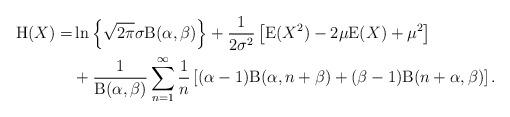
LaTeX: \begin{align*}\mathrm{H}(X)=&\ln\left\{\sqrt{2\pi} \sigma \mathrm{B}(\alpha,\beta)\right\}+\frac{1}{2\sigma^2}\left[\mathrm{E}(X^2)-2\mu \mathrm{E}(X) + \mu^2\right]\\&+\frac{1}{\mathrm{B}(\alpha,\beta)}\sum_{n=1}^{\infty}\frac{1}{n}\left[(\alpha-1)\mathrm{B}(\alpha,n+\beta)+(\beta-1)\mathrm{B}(n+\alpha,\beta)\right].\end{align*}